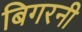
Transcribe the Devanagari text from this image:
बिगरनी